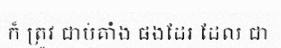
ក៏ ត្រូវ ជាប់គាំង ផងដែរ ដែល ជា